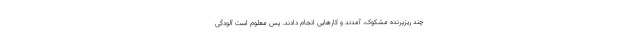
چند ریزپرنده مشکوک، آمدند و کارهایی انجام دادند. پس معلوم است آلودگی